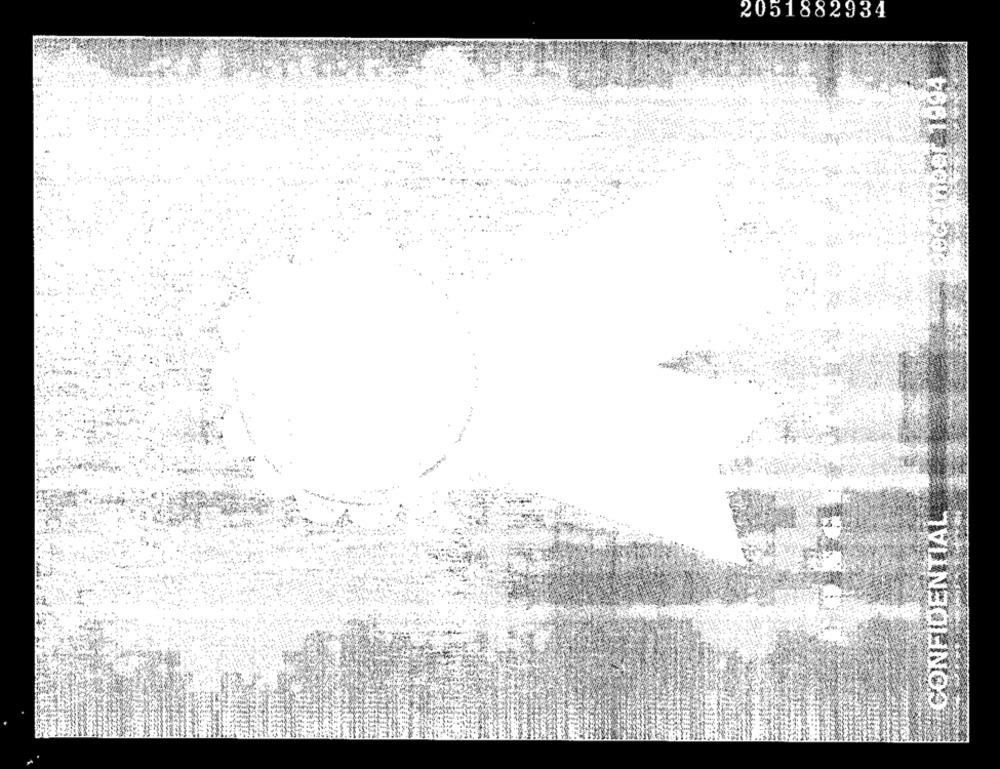
2051882934
CONFIDENTIAL